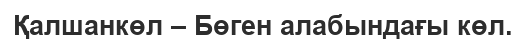
Қалшанкөл – Бөген алабындағы көл.